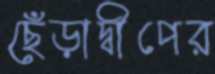
ছেঁড়াদ্বীপের